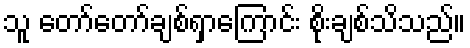
သူ တော်တော်ချစ်ရှာကြောင်း စိုးချစ်သိသည်။